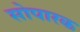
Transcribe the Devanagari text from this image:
सोपारक